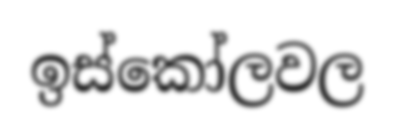
ඉස්කෝලවල